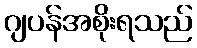
ဂျပန်အစိုးရသည်